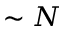
\sim N